NAE_ERA_R-2632_ENSV_TA_Emakeele_Selts_1945-1955, lk 163
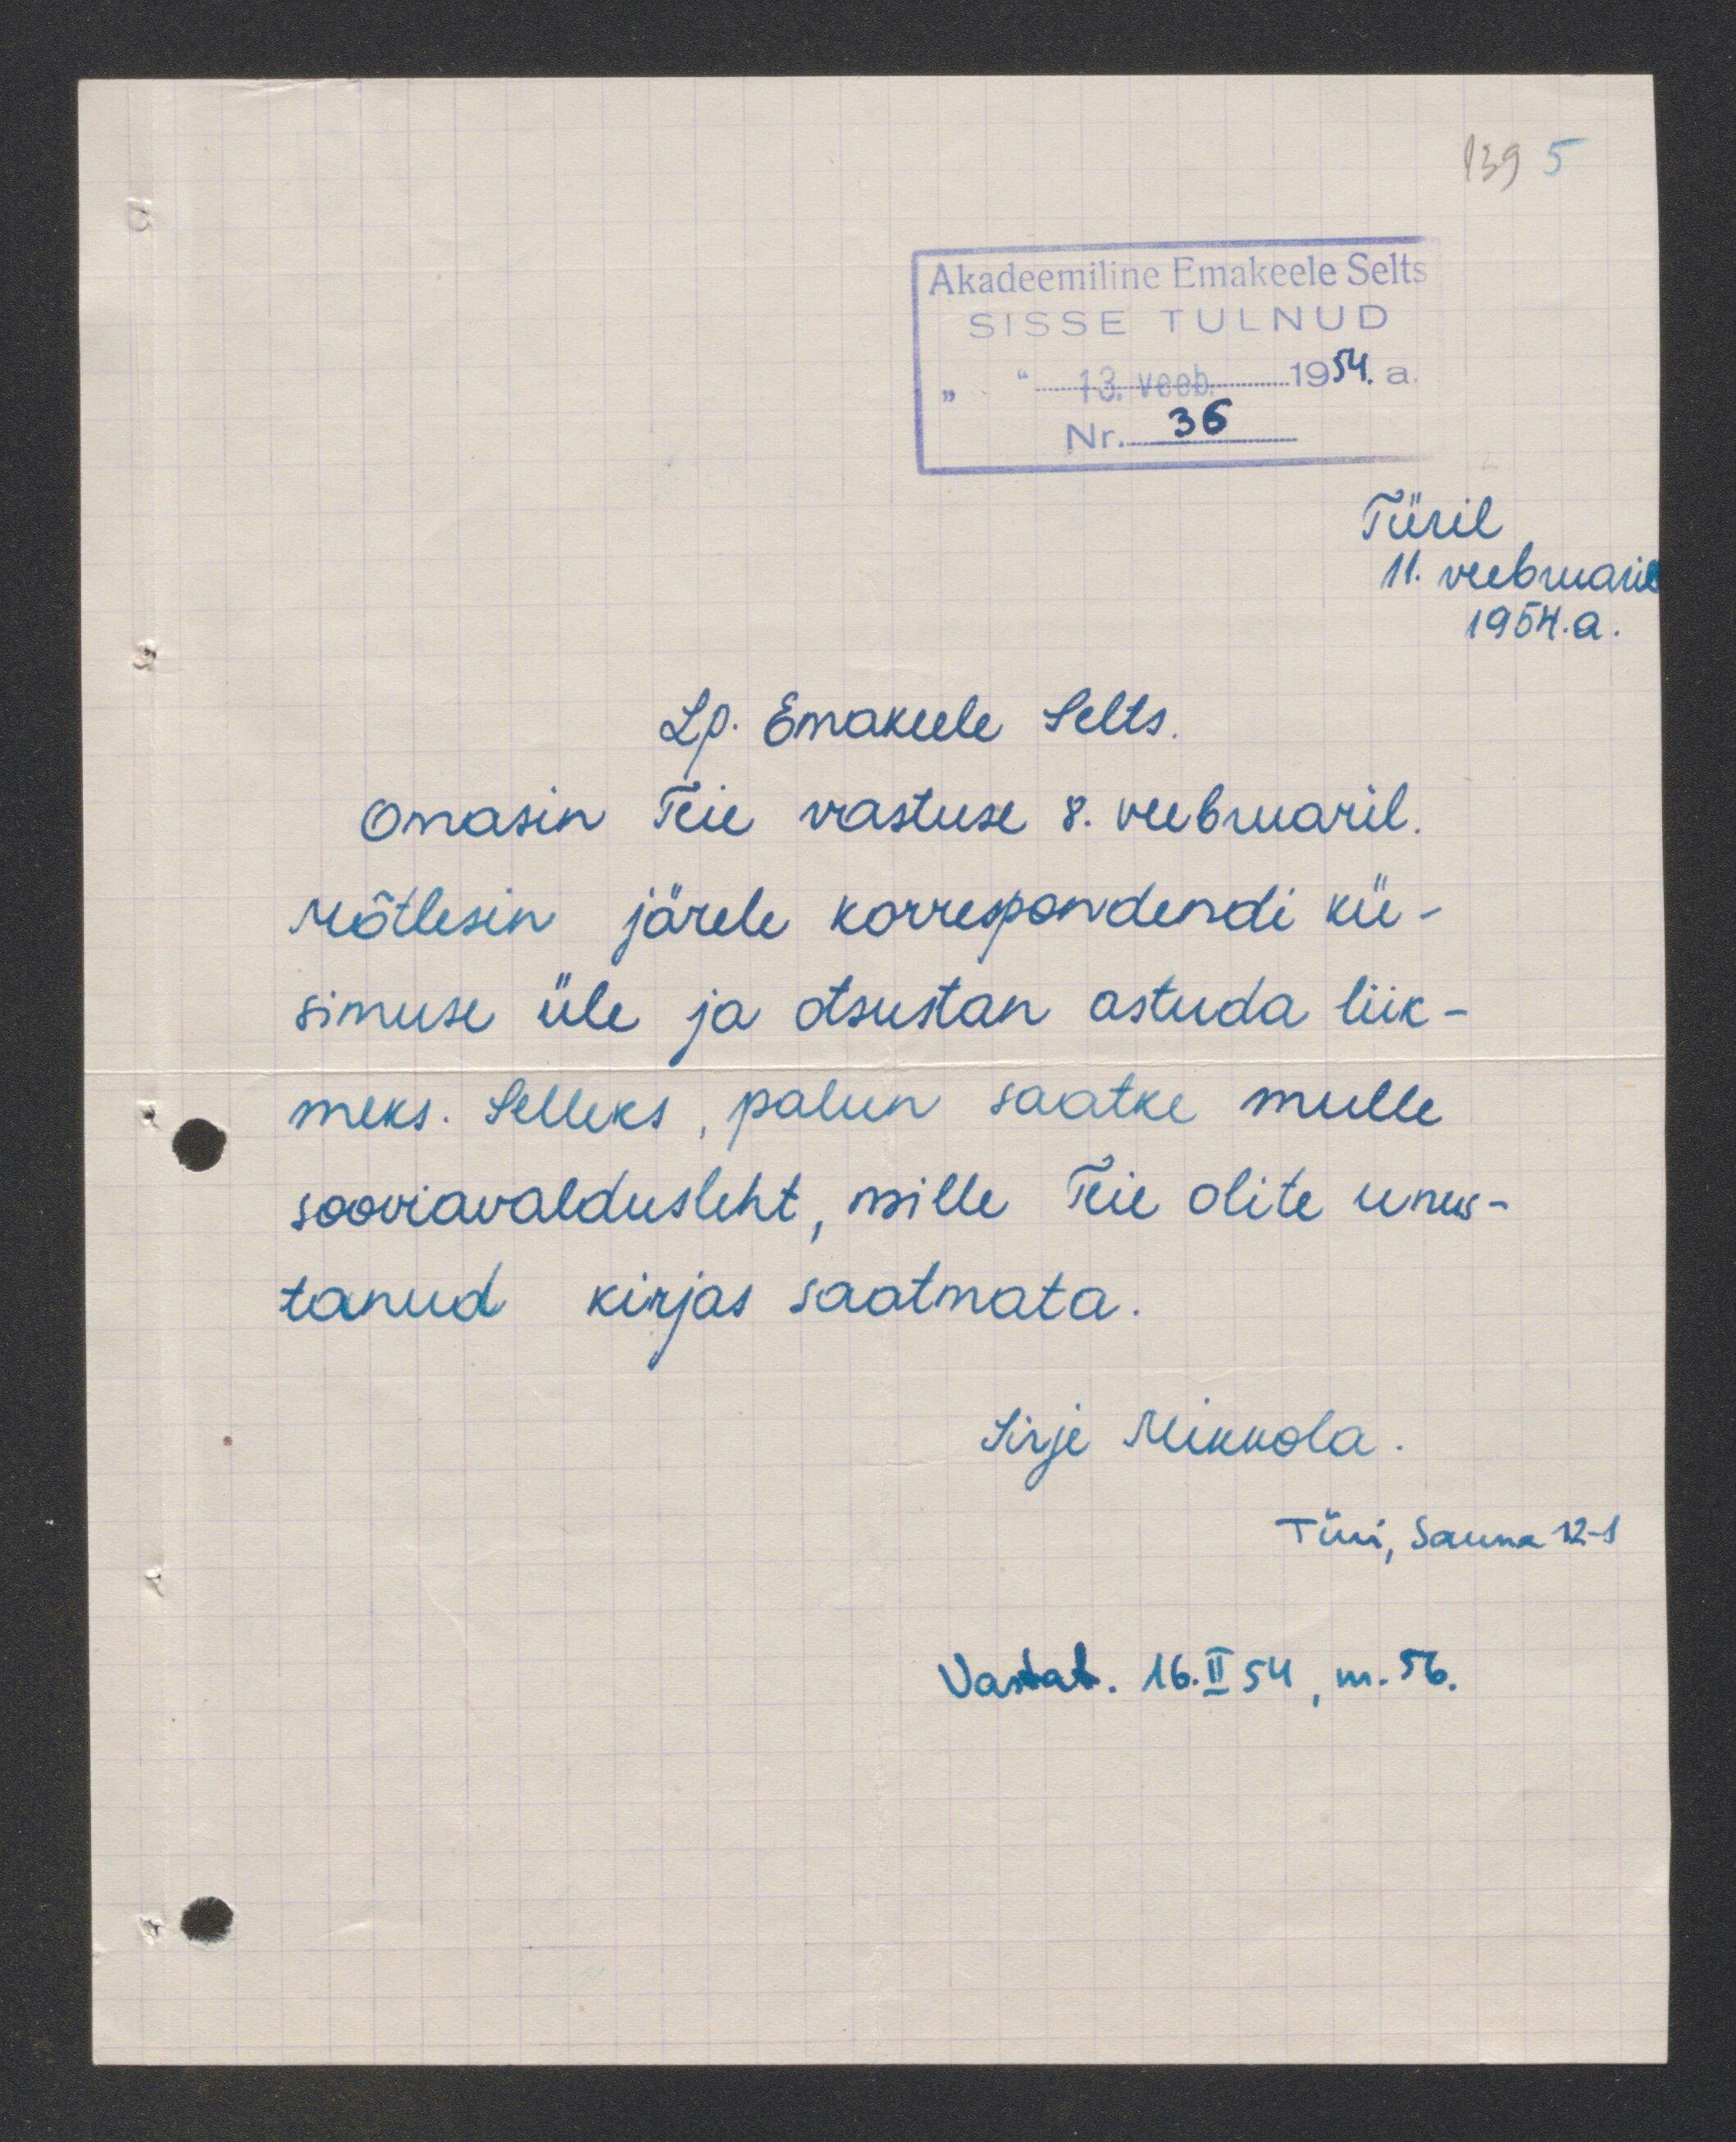
Türil
11. veebruaril
1954. a.
Lp. Emakeele Selts.
Omasin Teie vastuse 8. veebruaril.
Mõtlesin järele korrespondendi kü-
simuse üle ja otsustan astuda liik
meks. Selleks, palun saatke mulle
sooviavaldusleht, mille Teie olite unus
tanud kirjas saatmata.
Sirje Mikkola
Türi, Sauna 12-1
Vastat. 16. II 54, m. 56.